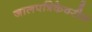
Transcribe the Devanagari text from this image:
जालपत्रिकेवरील